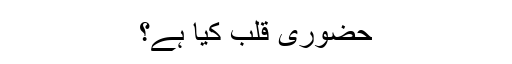
حضورِیِ قلب کیا ہے؟